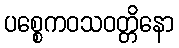
ပစ္စေကဝသဝတ္တိနော